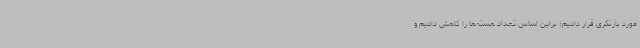
مورد بازنگری قرار دادیم؛ براین اساس تعداد هسته‌ها را کاهش دادیم و